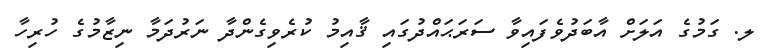
ލ. ގަމުގެ އަލަށް އާބަދުވެފައިވާ ސަރަޙައްދުގައި ޤާއިމު ކުރެވިގެންދާ ނަރުދަމާ ނިޒާމުގެ ހުރިހާ